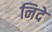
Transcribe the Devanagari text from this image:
निदे